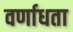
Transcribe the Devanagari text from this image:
वर्णाधता